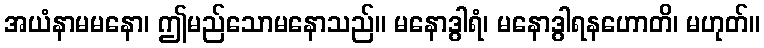
အယံနာမမနော၊ ဤမည်သောမနောသည်။ မနောဒွါရံ၊ မနောဒွါရနဟောတိ၊ မဟုတ်။